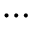
\cdots